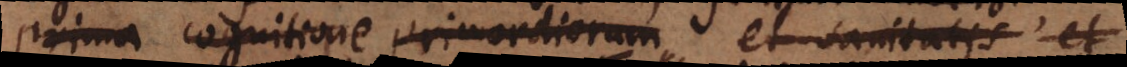
prima cognitione primordiorum et sanitatis et